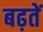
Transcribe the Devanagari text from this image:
बढ़तें